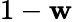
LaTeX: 1-\mathbf{w}